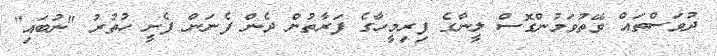
ދުވަސްތައް ވޭތުވަމުންގޮސް ލީނާގެ ފިރިމީހާގެ ފަރާތުން ދެން ފެނަން ފެށީ ހުތުރު "ނުބައި"